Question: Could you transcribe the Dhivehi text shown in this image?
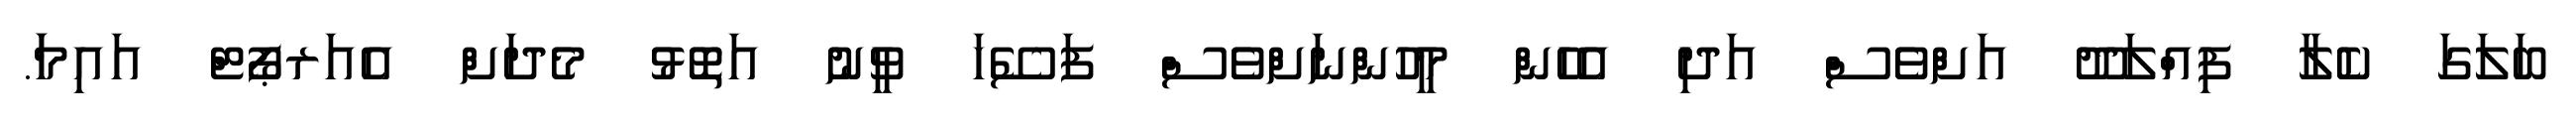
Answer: ބަލަގަ ކެލާ ފިއްލަދޫ އަށްވެސް އަދި އެހެން މީހުންނަށްވެސް ފަސޭހަ ވީނު އަތޮޅު މެދަށް އެއަރޕޯޓް އައިމަަ.